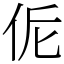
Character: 𠈁